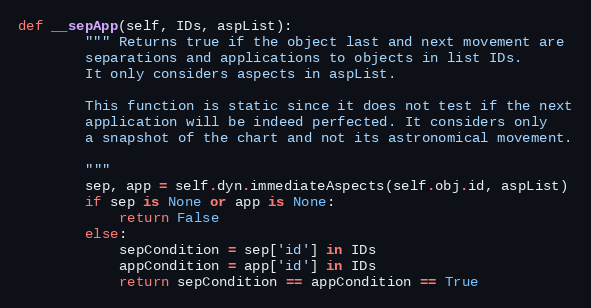
Language: Python
def __sepApp(self, IDs, aspList):
        """ Returns true if the object last and next movement are
        separations and applications to objects in list IDs.
        It only considers aspects in aspList.

        This function is static since it does not test if the next
        application will be indeed perfected. It considers only
        a snapshot of the chart and not its astronomical movement.

        """
        sep, app = self.dyn.immediateAspects(self.obj.id, aspList)
        if sep is None or app is None:
            return False
        else:
            sepCondition = sep['id'] in IDs
            appCondition = app['id'] in IDs
            return sepCondition == appCondition == True